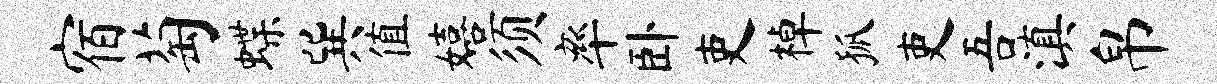
宿萄蝶巽值嬉须率卧吏棹狐吏吾滇帛